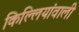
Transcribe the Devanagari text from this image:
किल्लियांवाली